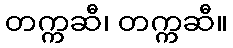
တက္ကဆီ၊ တက္ကဆီ။